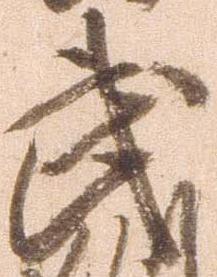
武